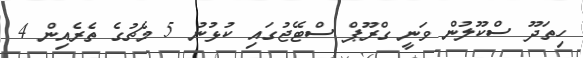
ހިތަދޫ ސްކޫލުން ވަނީ ގްރޫޕް ސްޓޭޖުގައި ކުޅުނު 5 މެޗުގެ ތެރެއިން 4